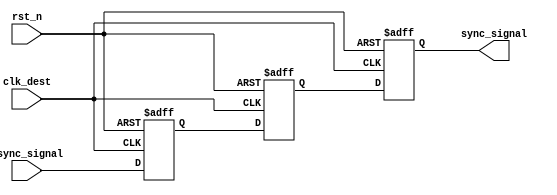
module signal_level_crossing_synchronizer (
    input wire async_signal,      // Asynchronous input signal
    input wire clk_dest,          // Destination clock signal
    input wire rst_n,             // Asynchronous active-low reset
    output reg sync_signal         // Synchronized output signal
);

    // Internal signals for the two-stage flip-flops
    reg ff1, ff2;

    // First Flip-Flop (FF1)
    always @(posedge clk_dest or negedge rst_n) begin
        if (!rst_n) begin
            ff1 <= 1'b0; // Reset FF1
        end else begin
            ff1 <= async_signal; // Capture async_signal
        end
    end

    // Second Flip-Flop (FF2)
    always @(posedge clk_dest or negedge rst_n) begin
        if (!rst_n) begin
            ff2 <= 1'b0; // Reset FF2
        end else begin
            ff2 <= ff1; // Capture output of FF1
        end
    end

    // Output sync_signal
    always @(posedge clk_dest or negedge rst_n) begin
        if (!rst_n) begin
            sync_signal <= 1'b0; // Reset sync_signal
        end else begin
            sync_signal <= ff2; // Output from FF2
        end
    end

endmodule